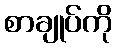
စာချုပ်ကို